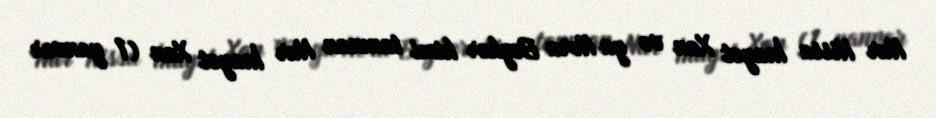
Nur Nissa İnayət Xan və ya Nora Beyker kimi tanınan Nur İnayət Xan (1 yanvar